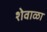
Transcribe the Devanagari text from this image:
शेवाळा